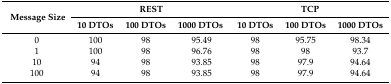
<table><thead><tr><td rowspan="2"><b>Message Size</b></td><td colspan="3"><b>REST</b></td><td colspan="3"><b>TCP</b></td></tr><tr><td><b>10 DTOs</b></td><td><b>100 DTOs</b></td><td><b>1000 DTOs</b></td><td><b>10 DTOs</b></td><td><b>100 DTOs</b></td><td><b>1000 DTOs</b></td></tr></thead><tbody><tr><td>0</td><td>100</td><td>98</td><td>95.49</td><td>98</td><td>95.75</td><td>98.34</td></tr><tr><td>1</td><td>100</td><td>98</td><td>96.76</td><td>98</td><td>98</td><td>93.7</td></tr><tr><td>10</td><td>94</td><td>98</td><td>93.85</td><td>98</td><td>97.9</td><td>94.64</td></tr><tr><td>100</td><td>94</td><td>98</td><td>93.85</td><td>98</td><td>97.9</td><td>94.64</td></tr></tbody></table>